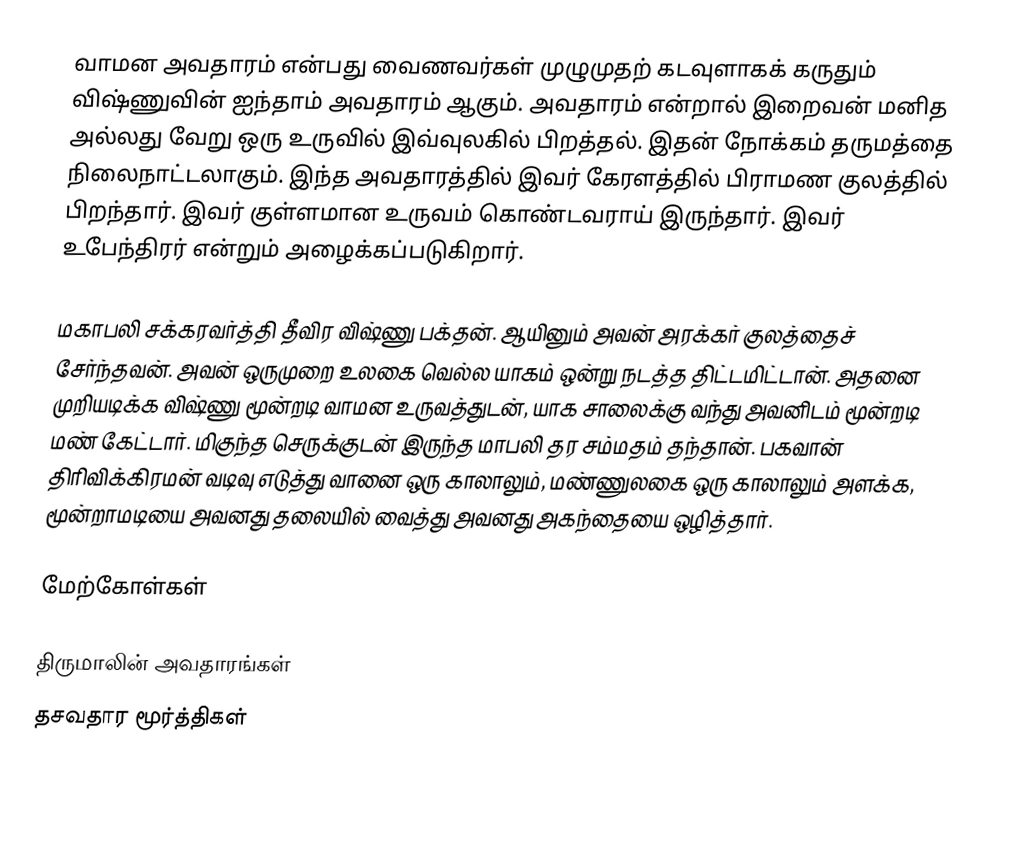
வாமன அவதாரம் என்பது வைணவர்கள் முழுமுதற் கடவுளாகக் கருதும் விஷ்ணுவின் ஐந்தாம் அவதாரம் ஆகும். அவதாரம் என்றால் இறைவன் மனித அல்லது வேறு ஒரு உருவில் இவ்வுலகில் பிறத்தல். இதன் நோக்கம் தருமத்தை நிலைநாட்டலாகும். இந்த அவதாரத்தில் இவர் கேரளத்தில் பிராமண குலத்தில் பிறந்தார். இவர் குள்ளமான உருவம் கொண்டவராய் இருந்தார். இவர் உபேந்திரர் என்றும் அழைக்கப்படுகிறார்.

மகாபலி சக்கரவர்த்தி தீவிர விஷ்ணு பக்தன். ஆயினும் அவன் அரக்கர் குலத்தைச் சேர்ந்தவன். அவன் ஒருமுறை உலகை வெல்ல யாகம் ஒன்று நடத்த திட்டமிட்டான். அதனை முறியடிக்க விஷ்ணு மூன்றடி வாமன உருவத்துடன், யாக சாலைக்கு வந்து அவனிடம் மூன்றடி மண் கேட்டார். மிகுந்த செருக்குடன் இருந்த மாபலி தர சம்மதம் தந்தான். பகவான் திரிவிக்கிரமன் வடிவு எடுத்து வானை ஒரு காலாலும், மண்ணுலகை ஒரு காலாலும் அளக்க, மூன்றாமடியை அவனது தலையில் வைத்து அவனது அகந்தையை ஒழித்தார்.

மேற்கோள்கள்

திருமாலின் அவதாரங்கள்
தசவதார மூர்த்திகள்